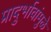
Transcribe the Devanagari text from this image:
प्रादुर्भावांमुळे